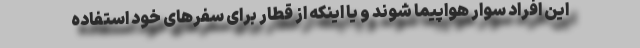
این افراد سوار هواپیما شوند و یا اینکه از قطار برای سفرهای خود استفاده